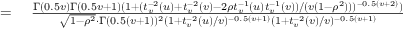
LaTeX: \begin{array} { r l } { = { } } & { { } { \frac { \Gamma ( 0 . 5 v ) \Gamma ( 0 . 5 v + 1 ) ( 1 + ( t _ { v } ^ { - 2 } ( u ) + t _ { v } ^ { - 2 } ( v ) - 2 \rho t _ { v } ^ { - 1 } ( u ) t _ { v } ^ { - 1 } ( v ) ) / ( v ( 1 - \rho ^ { 2 } ) ) ) ^ { - 0 . 5 ( v + 2 ) } ) } { { \sqrt { 1 - \rho ^ { 2 } } } \cdot \Gamma ( 0 . 5 ( v + 1 ) ) ^ { 2 } ( 1 + t _ { v } ^ { - 2 } ( u ) / v ) ^ { - 0 . 5 ( v + 1 ) } ( 1 + t _ { v } ^ { - 2 } ( v ) / v ) ^ { - 0 . 5 ( v + 1 ) } } } } \end{array}